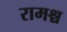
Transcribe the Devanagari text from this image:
रामश्च